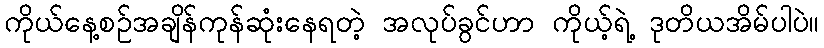
ကိုယ်နေ့စဉ်အချိန်ကုန်ဆုံးနေရတဲ့ အလုပ်ခွင်ဟာ ကိုယ့်ရဲ့ ဒုတိယအိမ်ပါပဲ။